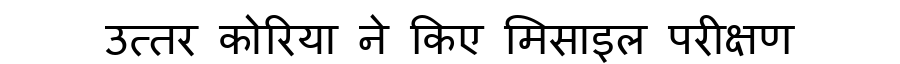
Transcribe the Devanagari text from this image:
उत्तर कोरिया ने किए मिसाइल परीक्षण